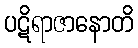
ပဋိရာဇာနောတိ